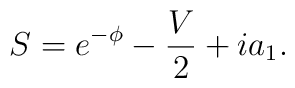
S= e^{-\phi} -\frac{V}{2} + ia_1 .